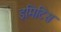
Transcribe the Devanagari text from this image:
इमिटिस